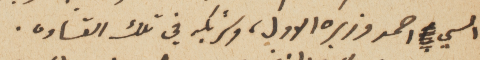
السي احمد وزيره الاول، وشريكه في تلك القساوه.